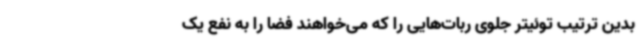
بدین ترتیب توئیتر جلوی ربات‌هایی را که می‌خواهند فضا را به نفع یک